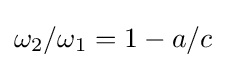
\omega _{2}/\omega _{1}=1-a/c